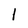
Character: l